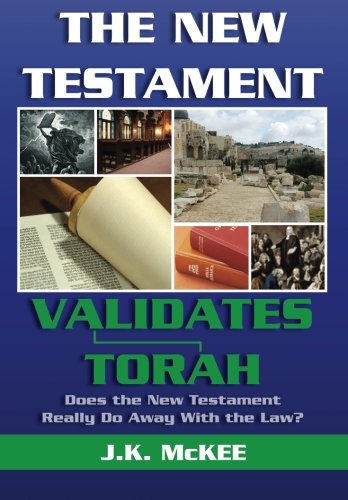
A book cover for The New Testament Validates Torah: Does the New Testament Really Do Away With the Law?; J.K. McKee; Christian Books & Bibles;